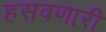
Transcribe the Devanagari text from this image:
हसवणारी